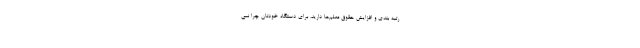
رتبه بندی و افزایش حقوق معلم‌ها دارید، برای دستگاه خودتان چرا نمی